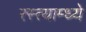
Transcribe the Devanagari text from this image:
रस्त्याम्ध्ये